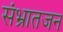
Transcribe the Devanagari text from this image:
संभ्रातजन